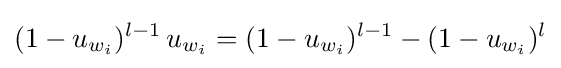
(1-u_{w_{i}})^{l-1}\,u_{w_{i}}=(1-u_{w_{i}})^{l-1}-(1-u_{w_{i}})^{l}